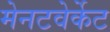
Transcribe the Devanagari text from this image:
मेनटवेर्केट